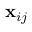
\mathbf { x } _ { i j }